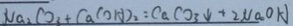
N a _ { 2 } C O _ { 3 } + C a ( O H ) _ { 2 } : C a C O _ { 3 } \downarrow + 2 N a O H